Vaccine operations Central Provinces 1900-1911 - 1900-1911
Year: 1900
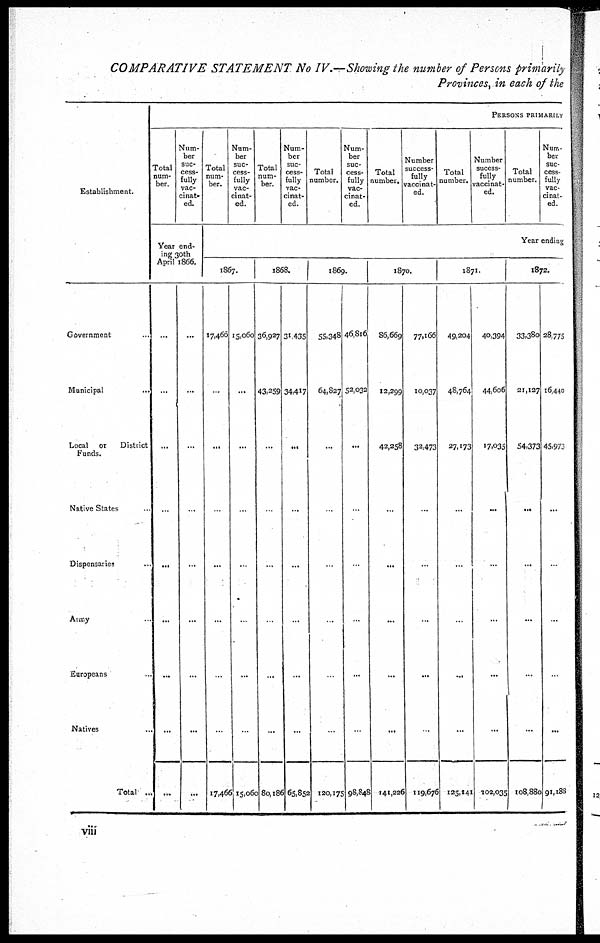
COMPARATIVE STATEMENT No IV.—Showing the number of Persons primarily
Provinces, in each of the
Establishment.
Government...
Municipal...
Local or
District
Funds.
Native States..
Dispensaries...
Army..
Europeans...
Natives...
Total...
PERSONS PRIMARILY
Total
num-
ber.
Num-
ber
suc-
cess-
fully
vac-
cinate
ed.
Year end-
ing 30th
April 1866.
...
...
...
...
...
...
...
...
...
...
...
...
...
...
...
...
...
...
Total
num-
ber.
Num-
ber
suc-
cess-
fully
vac-
cinat-
ed.
Total
num-
ber.
Num-
ber
suc-
cess-
fully
vac-
cinat-
ed.
Total
number.
Num-
ber
suc-
cess-
fully
vac-
cinat-
ed.
Total
number.
Number
success-
fully
vaccinat-
ed.
Total
number.
Number
sucess-
fully
vaccinat-
ed.
Total
number.
Num-
ber
suc-
cess-
fully
vac-
cinat-
ed.
Year ending
1867.
17,466
...
...
...
...
...
...
...
17,466
15,060
...
...
...
..
..
...
..
15,060
1868.
36,927
43,259
...
...
...
.
...
...
80,186
31,435
34,417
...
...
...
...
...
...
65,852
1869.
55,348
64,827
...
..
...
..
..
120,I75
46,816
52,032
...
...
...
...
...
..
98,848
1870.
86,669
12,299
42,258
...
...
...
...
...
141,226
77,166
10,037
32,473
...
...
...
...
...
119,676
1871.
49,204
48,764
27,173
...
...
..
...
...
125,141
40,394
44,606
17,035
...
...
...
...
...
102,035
1872.
33,380
21,127
54,373
...
...
...
...
...
108,880
28,775
16,440
45,973
...
..
...
...
...
91,188
viii